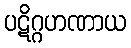
ပဋိဂ္ဂဟဏာယ